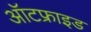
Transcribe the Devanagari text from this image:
ऑटफ्राइड